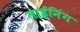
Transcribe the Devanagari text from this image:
लाईनिंग